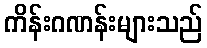
ကိန်းဂဏန်းများသည်